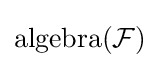
\operatorname {algebra} ({\mathcal {F}})